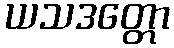
ယသဒတ္တော